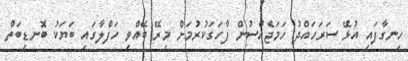
ހިނގާފައި އުޅޭ ސަރަހައްދު ހަމަޖެއްސުން ފާހަގަކުރުމަށް މިރޭ ބޭއްވި ހަފްލާގައި ބަޔަކު ބޮނޑިބަތް